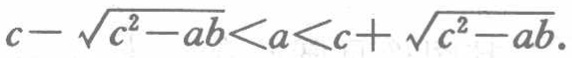
\(c - \sqrt{c^{2}-ab}<a<c + \sqrt{c^{2}-ab}\)